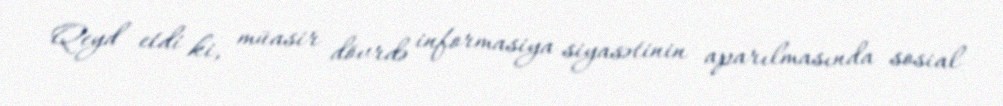
Qeyd etdi ki, müasir dövrdə informasiya siyasətinin aparılmasında sosial